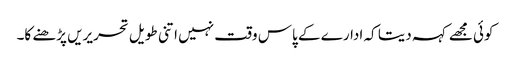
کوئی مجھے کہہ دیتا کہ ادارے کے پاس وقت نہیں اتنی طویل تحریریں پڑھنے کا۔